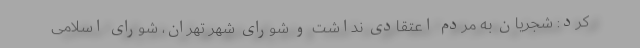
کرد: شجریان به مردم اعتقادی نداشت و شورای شهر تهران، شورای اسلامی